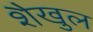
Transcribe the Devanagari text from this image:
शैखुल